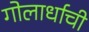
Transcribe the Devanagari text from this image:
गोलार्धाची